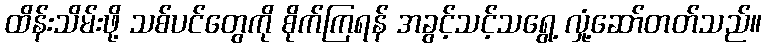
ထိန်းသိမ်းဖို့ သစ်ပင်တွေကို စိုက်ကြရန် အခွင့်သင့်သရွေ့ လှုံ့ဆော်တတ်သည်။